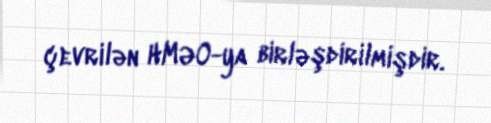
çevrilən HMƏO-ya birləşdirilmişdir.